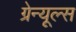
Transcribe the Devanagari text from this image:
ग्रेन्यूल्स